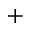
+